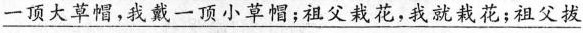
\underline{一顶大草帽，我戴一顶小草帽；祖父栽花，我就栽花；祖父拔}